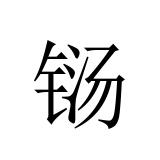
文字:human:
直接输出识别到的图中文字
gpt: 铴